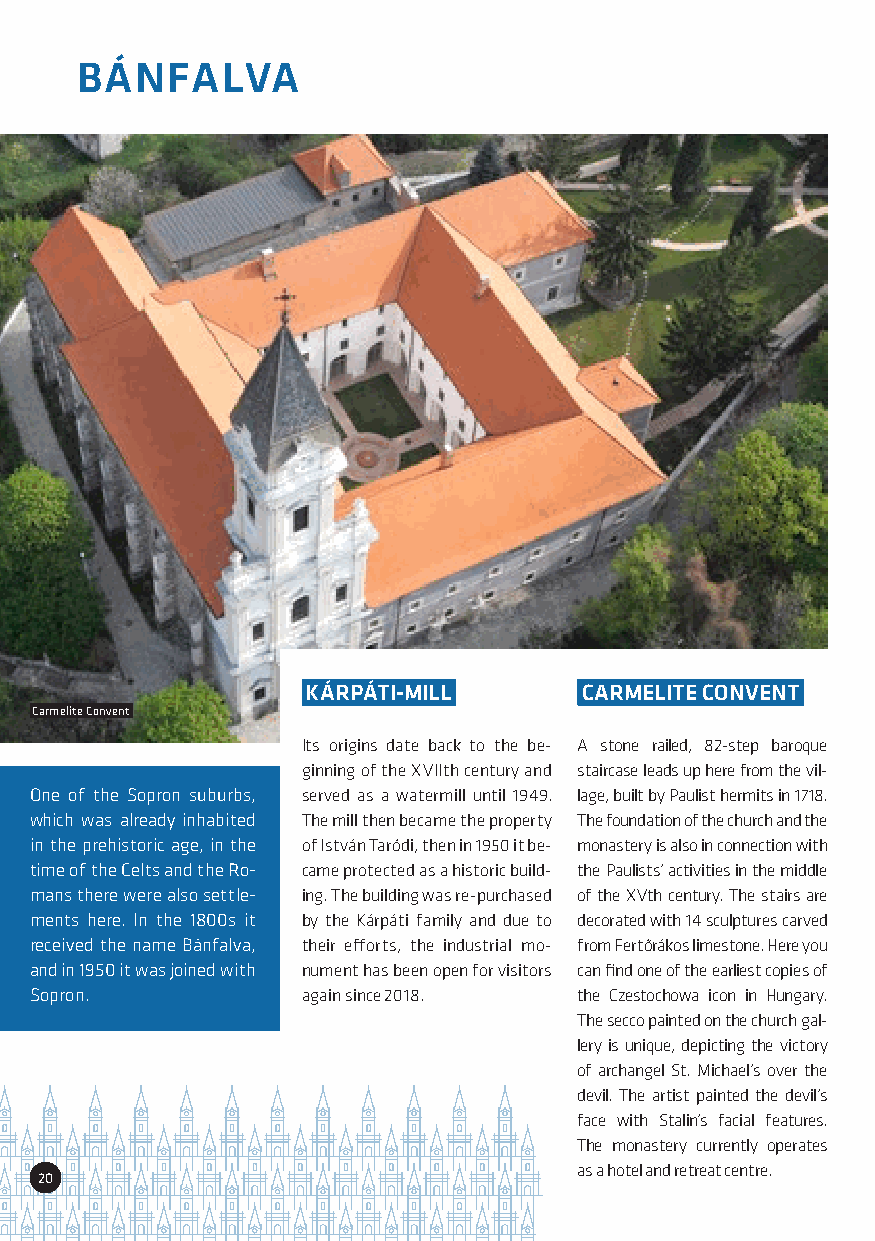
BÁNFALVA
 KÁRPÁTI-MILL      CARMELITE CONVENT
 Carmelite Convent
 Its origins date back to the be- A stone railed, 82-step baroque
 ginning of the XVIIth century and staircase leads up here from the vil-
 One of the Sopron suburbs, served as a watermill until 1949. lage, built by Paulist hermits in 1718.
 which was already inhabited The mill then became the property The foundation of the church and the
 in the prehistoric age, in the of István Taródi, then in 1950 it be- monastery is also in connection with
 time of the Celts and the Ro- came protected as a historic build- the Paulists’ activities in the middle
 mans there were also settle- ing. The building was re-purchased of the XVth century. The stairs are
 ments here. In the 1800s it by the Kárpáti family and due to decorated with 14 sculptures carved
 received the name Bánfalva, their efforts, the industrial mo- from Fertőrákos limestone. Here you
 and in 1950 it was joined with nument has been open for visitors can find one of the earliest copies of
 Sopron.           again since 2018. the Czestochowa icon in Hungary.
 The secco painted on the church gal-
 lery is unique, depicting the victory
 of archangel St. Michael’s over the
 devil. The artist painted the devil’s
 face with Stalin’s facial features.
 The monastery currently operates
 as a hotel and retreat centre.
 20